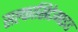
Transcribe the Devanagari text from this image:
सल्फासिटेमाइड